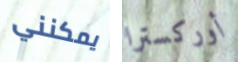
يمكنني أوركسترا